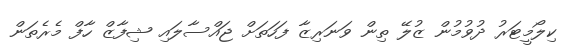
ކިލޯމީޓަރު ދުވުމުން ޒުލޭ ތިން ވަނަރިޒާ ފަހަތަށް ޖައްސާލައި ޝިފާޒް ހާފް މެެރެތަން